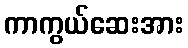
ကာကွယ်ဆေးအား